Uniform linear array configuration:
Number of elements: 48
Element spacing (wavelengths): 0.25
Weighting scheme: binomial
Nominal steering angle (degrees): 60
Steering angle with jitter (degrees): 61.003
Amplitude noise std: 0.05
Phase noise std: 0.05

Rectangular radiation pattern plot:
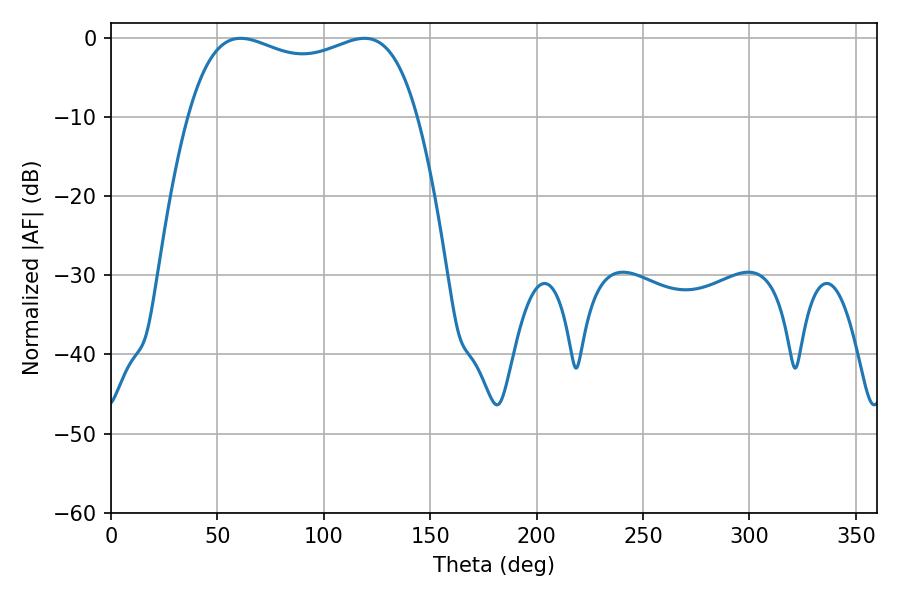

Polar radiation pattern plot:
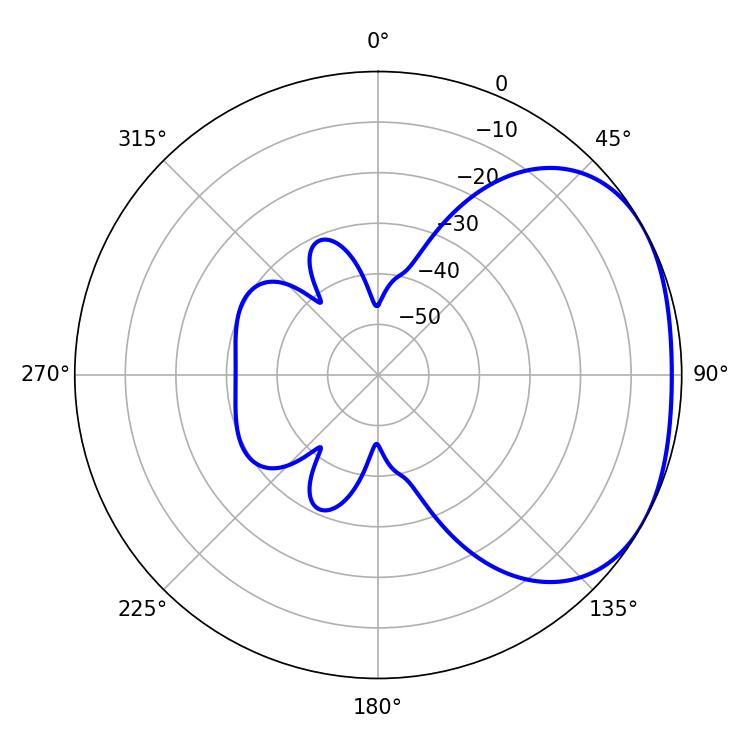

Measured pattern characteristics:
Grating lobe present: FALSE
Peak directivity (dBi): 2.258
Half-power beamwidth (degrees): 88.2
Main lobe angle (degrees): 60.84